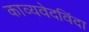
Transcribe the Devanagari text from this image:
काव्यवेदविंदा